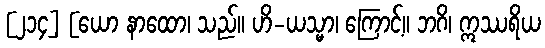
[၂၁၄] [ယော နာထော၊ သည်။ ဟိ-ယသ္မာ၊ ကြောင့်။ ဘဂိ၊ ဣဿရိယ